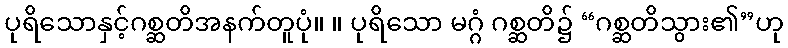
ပုရိသောနှင့်ဂစ္ဆတိအနက်တူပုံ။ ။ ပုရိသော မဂ္ဂံ ဂစ္ဆတိ၌ “ဂစ္ဆတိသွား၏”ဟု